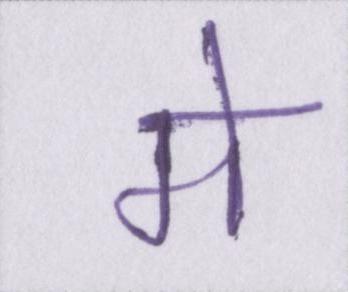
मे